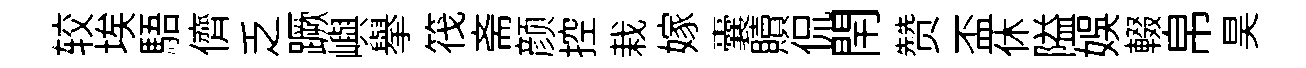
较埃䮏儕乏蹶嶼舉筏斋颜控栽嫁囊贖侃閈赞盃休隘娱輟帛昊